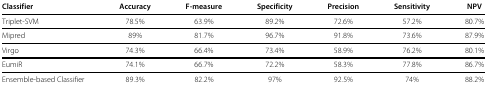
<table><thead><tr><td><b>Classifier</b></td><td><b>Accuracy</b></td><td><b>F-measure</b></td><td><b>Specificity</b></td><td><b>Precision</b></td><td><b>Sensitivity</b></td><td><b>NPV</b></td></tr></thead><tbody><tr><td>Triplet-SVM</td><td>78.5%</td><td>63.9%</td><td>89.2%</td><td>72.6%</td><td>57.2%</td><td>80.7%</td></tr><tr><td>Mipred</td><td>89%</td><td>81.7%</td><td>96.7%</td><td>91.8%</td><td>73.6%</td><td>87.9%</td></tr><tr><td>Virgo</td><td>74.3%</td><td>66.4%</td><td>73.4%</td><td>58.9%</td><td>76.2%</td><td>80.1%</td></tr><tr><td>EumiR</td><td>74.1%</td><td>66.7%</td><td>72.2%</td><td>58.3%</td><td>77.8%</td><td>86.7%</td></tr><tr><td>Ensemble-based Classifier</td><td>89.3%</td><td>82.2%</td><td>97%</td><td>92.5%</td><td>74%</td><td>88.2%</td></tr></tbody></table>